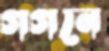
গগনে